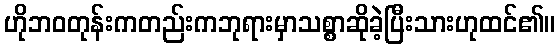
ဟိုဘဝတုန်းကတည်းကဘုရားမှာသစ္စာဆိုခဲ့ပြီးသားဟုထင်၏။